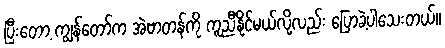
ပြီးတော့ ကျွန်တော်က အဲဗာတန်ကို ကူညီနိုင်မယ်လို့လည်း ပြောခဲ့ပါသေးတယ်။